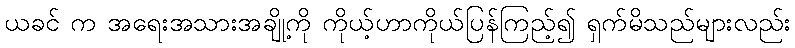
ယခင် က အရေးအသားအချို့ကို ကိုယ့်ဟာကိုယ်ပြန်ကြည့်၍ ရှက်မိသည်များလည်း